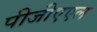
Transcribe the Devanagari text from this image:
पीजीएएल